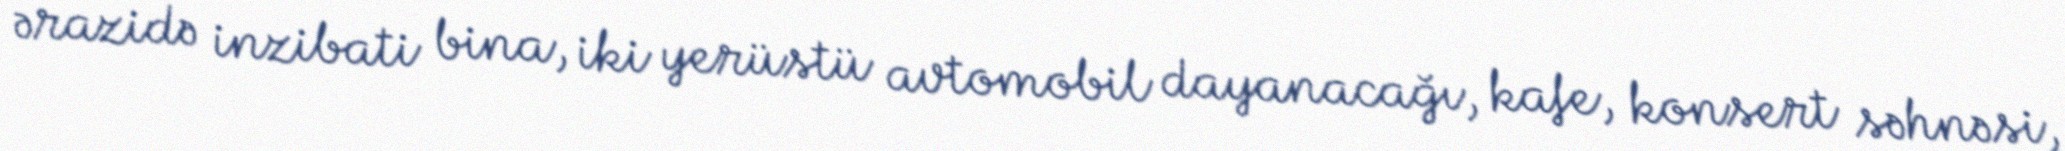
ərazidə inzibati bina, iki yerüstü avtomobil dayanacağı, kafe, konsert səhnəsi,